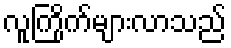
လူကြိုက်များလာသည်